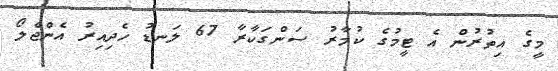
މީގެ އިތުރުން އެ ޓީމުގެ ކުމާރު ސަންގަކާރާ 67 ލަނޑު ހެދިއިރު އެންޖެލޯ